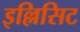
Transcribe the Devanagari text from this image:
इल्लिसिट